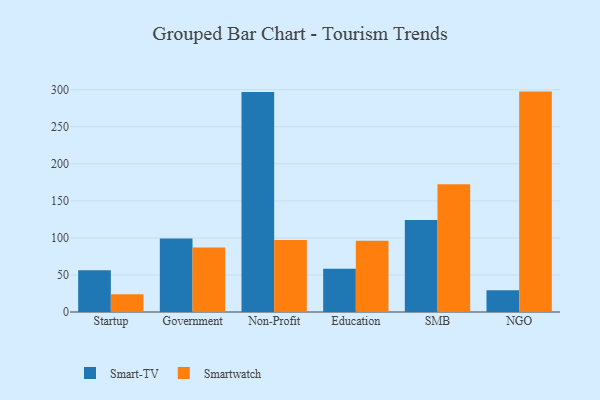
{"axis": {"x": "Segment", "y": "LTV (USD)"}, "legend": ["Smart-TV", "Smartwatch"], "data": [{"x": "Startup", "y": 56.3, "type": "Smart-TV"}, {"x": "Startup", "y": 23.8, "type": "Smartwatch"}, {"x": "Government", "y": 99.2, "type": "Smart-TV"}, {"x": "Government", "y": 87.0, "type": "Smartwatch"}, {"x": "Non-Profit", "y": 297.0, "type": "Smart-TV"}, {"x": "Non-Profit", "y": 97.3, "type": "Smartwatch"}, {"x": "Education", "y": 58.3, "type": "Smart-TV"}, {"x": "Education", "y": 96.1, "type": "Smartwatch"}, {"x": "SMB", "y": 124.1, "type": "Smart-TV"}, {"x": "SMB", "y": 172.5, "type": "Smartwatch"}, {"x": "NGO", "y": 29.5, "type": "Smart-TV"}, {"x": "NGO", "y": 297.5, "type": "Smartwatch"}]}